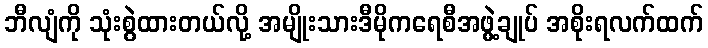
ဘီလျံကို သုံးစွဲထားတယ်လို့ အမျိုးသားဒီမိုကရေစီအဖွဲ့ချုပ် အစိုးရလက်ထက်